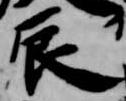
辰